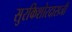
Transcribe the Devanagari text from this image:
सुरकिशोरदासजी